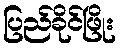
ပြည်ခိုင်ဖြိုး